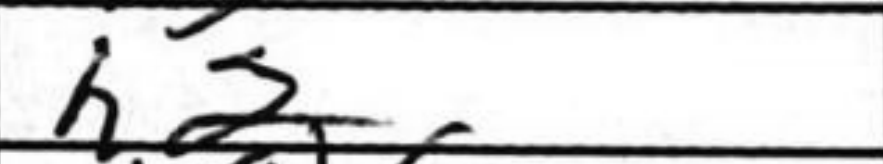
Transcription: h2